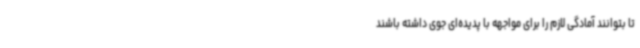
تا بتوانند آمادگی لازم را برای مواجهه با پدیده‌ای جوی داشته باشند